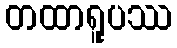
တထာရူပဿ